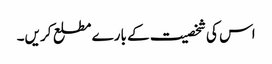
اس کی شخصیت کے بارے مطلع کریں۔